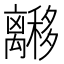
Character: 𬓟